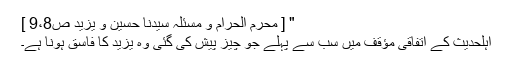
" [ محرم الحرام و مسئلہ سیّدنا حسین و یزید ص9،8 ]
اہلحدیث کے اتفاقی مؤقف میں سب سے پہلے جو چیز پیش کی گئی وہ یزید کا فاسق ہونا ہے۔